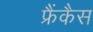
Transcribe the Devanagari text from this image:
फ्रैंकैस